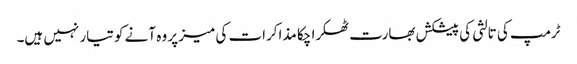
ٹرمپ کی تالثی کی پیشکش بھارت ٹھکرا چکا مذاکرات کی میز پر وہ آنے کو تیار نہیں ہیں۔